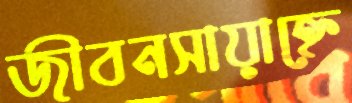
জীবনসায়াহ্নে